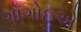
ગોગોઇએ